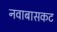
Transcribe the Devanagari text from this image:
नवाबासकट